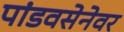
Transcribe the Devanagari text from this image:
पांडवसेनेवर